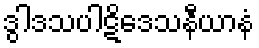
ဒွါဒသပါဋိဒေသနီယာနံ